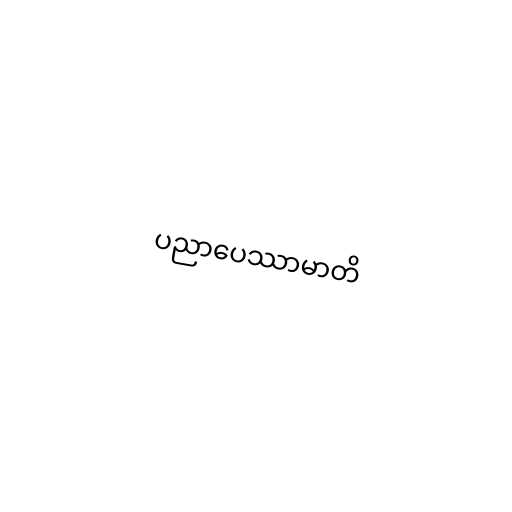
ပညာပေဿာမာတိ